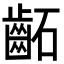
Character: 𮯂